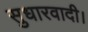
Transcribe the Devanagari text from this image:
सुधारवादी।